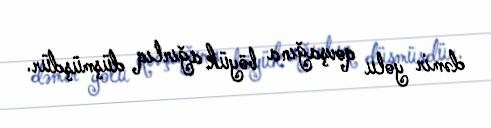
dəmir yolu qovşağına böyük ağırlıq düşmüşdür.